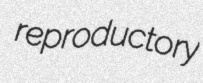
reproductory